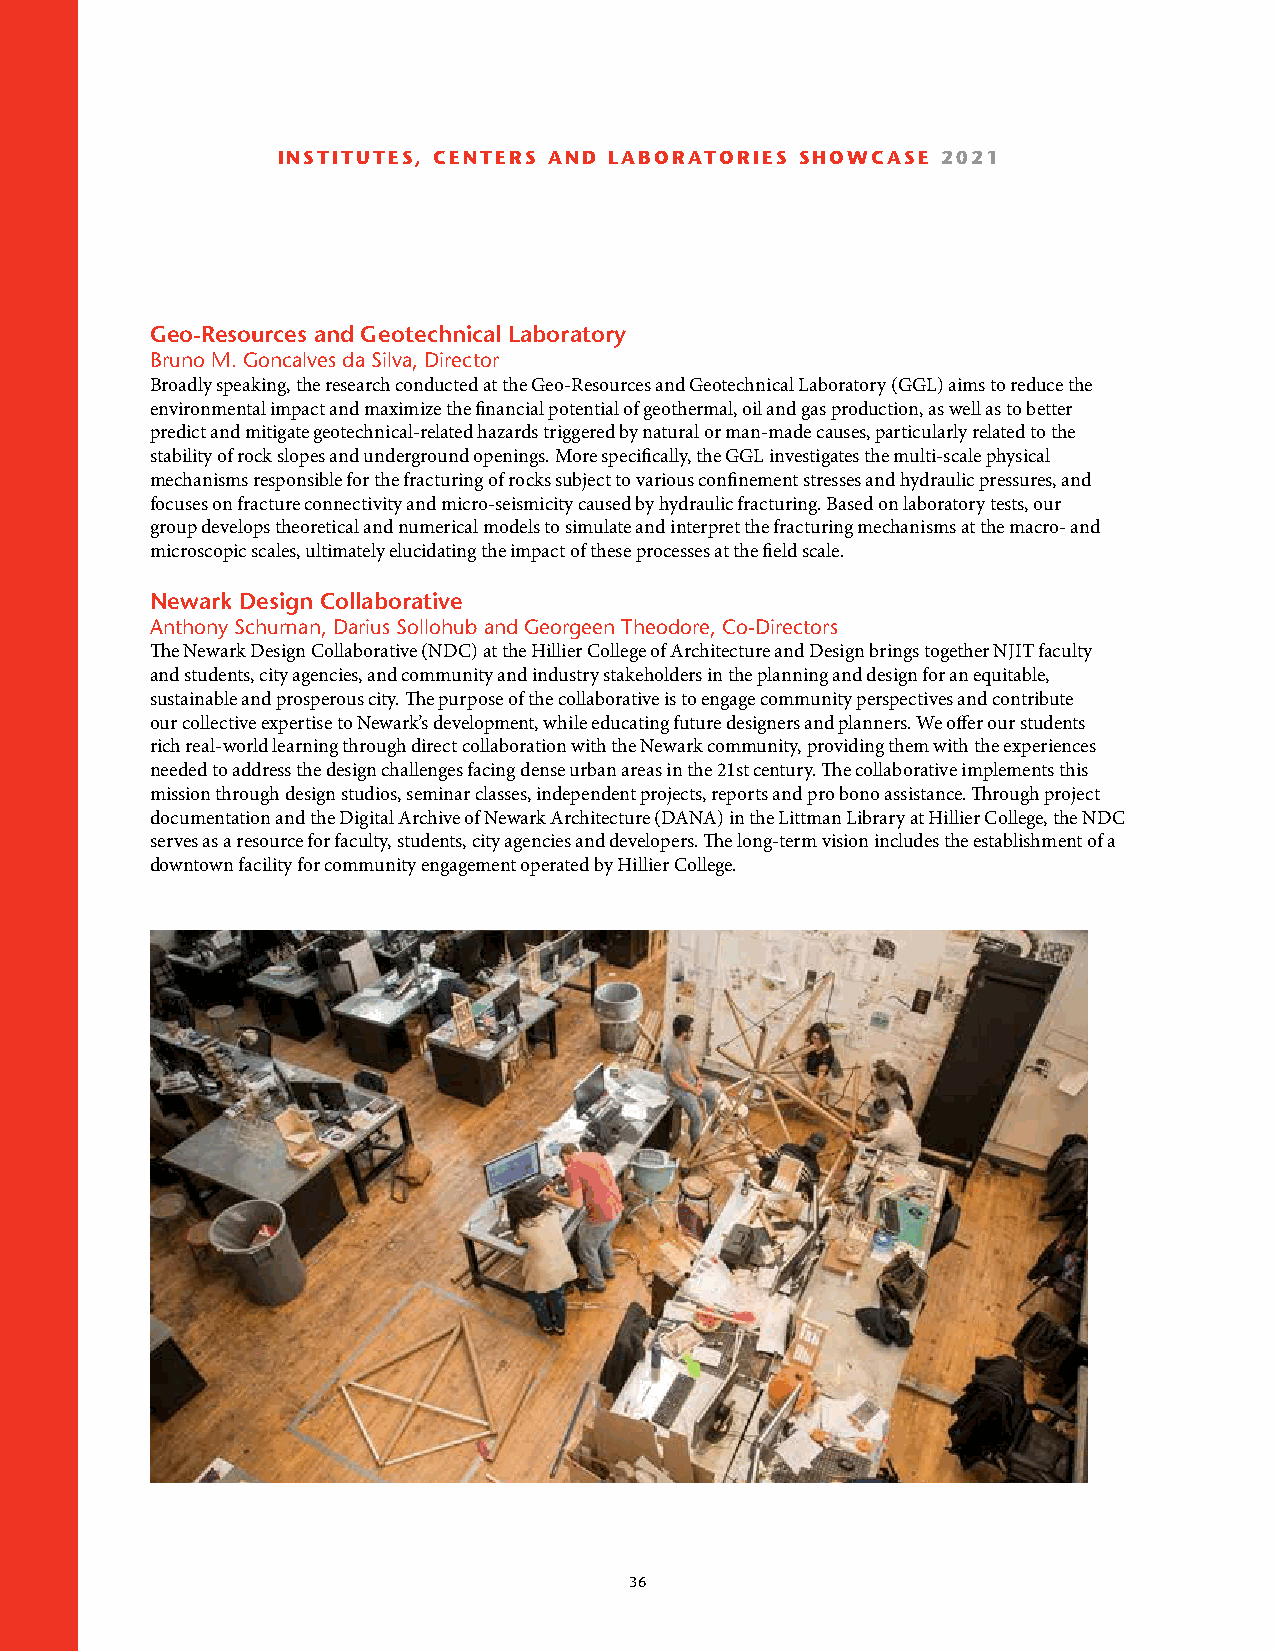
INSTITUTES, CENTERS AND LABORATORIES SHOWCASE 2021
 Geo-Resources and Geotechnical Laboratory
 Bruno M. Goncalves da Silva, Director
 Broadly speaking, the research conducted at the Geo-Resources and Geotechnical Laboratory (GGL) aims to reduce the
 environmental impact and maximize the financial potential of geothermal, oil and gas production, as well as to better
 predict and mitigate geotechnical-related hazards triggered by natural or man-made causes, particularly related to the
 stability of rock slopes and underground openings. More specifically, the GGL investigates the multi-scale physical
 mechanisms responsible for the fracturing of rocks subject to various confinement stresses and hydraulic pressures, and
 focuses on fracture connectivity and micro-seismicity caused by hydraulic fracturing. Based on laboratory tests, our
 group develops theoretical and numerical models to simulate and interpret the fracturing mechanisms at the macro- and
 microscopic scales, ultimately elucidating the impact of these processes at the field scale.
 Newark Design Collaborative
 Anthony Schuman, Darius Sollohub and Georgeen Theodore, Co-Directors
 The Newark Design Collaborative (NDC) at the Hillier College of Architecture and Design brings together NJIT faculty
 and students, city agencies, and community and industry stakeholders in the planning and design for an equitable,
 sustainable and prosperous city. The purpose of the collaborative is to engage community perspectives and contribute
 our collective expertise to Newark’s development, while educating future designers and planners. We offer our students
 rich real-world learning through direct collaboration with the Newark community, providing them with the experiences
 needed to address the design challenges facing dense urban areas in the 21st century. The collaborative implements this
 mission through design studios, seminar classes, independent projects, reports and pro bono assistance. Through project
 documentation and the Digital Archive of Newark Architecture (DANA) in the Littman Library at Hillier College, the NDC
 serves as a resource for faculty, students, city agencies and developers. The long-term vision includes the establishment of a
 downtown facility for community engagement operated by Hillier College.
 36